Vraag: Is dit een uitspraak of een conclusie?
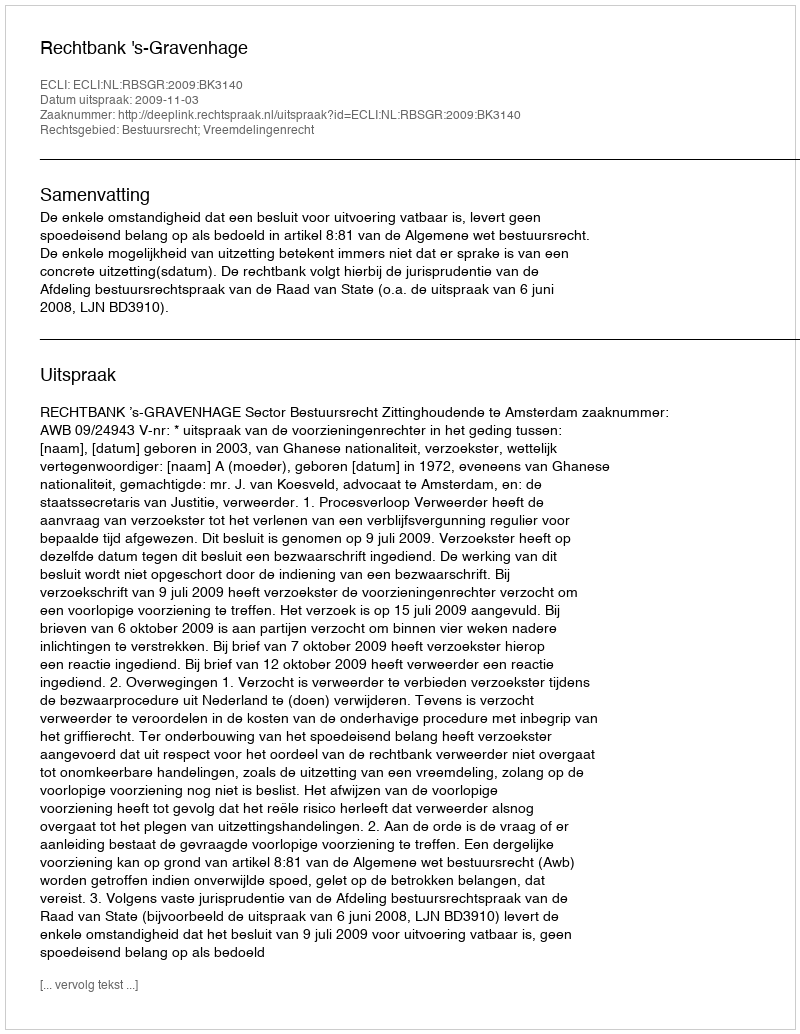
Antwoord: Uitspraak